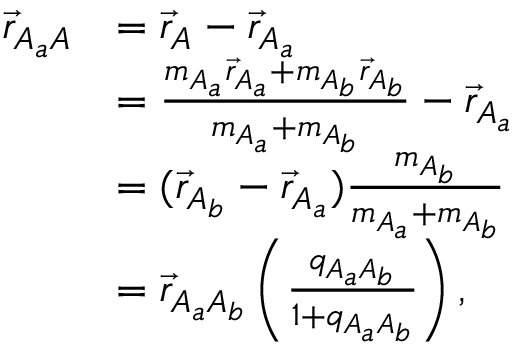
\begin{array} { r l } { \vec { r } _ { A _ { a } A } } & { = \vec { r } _ { A } - \vec { r } _ { A _ { a } } } \\ & { = \frac { m _ { A _ { a } } \vec { r } _ { A _ { a } } + m _ { A _ { b } } \vec { r } _ { A _ { b } } } { m _ { A _ { a } } + m _ { A _ { b } } } - \vec { r } _ { A _ { a } } } \\ & { = ( \vec { r } _ { A _ { b } } - \vec { r } _ { A _ { a } } ) \frac { m _ { A _ { b } } } { m _ { A _ { a } } + m _ { A _ { b } } } } \\ & { = \vec { r } _ { A _ { a } A _ { b } } \left( \frac { q _ { A _ { a } A _ { b } } } { 1 + q _ { A _ { a } A _ { b } } } \right) , } \end{array}